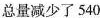
总量减少了540